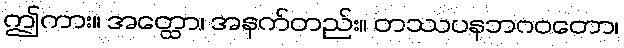
ဤကား။ အတ္ထော၊ အနက်တည်း။ တဿပနဘဂဝတော၊